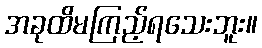
အခုထိမကြည့်ရသေးဘူး။